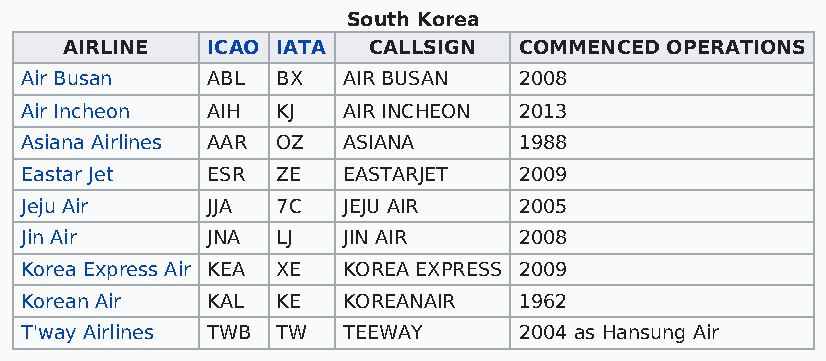
South Korea
 AIRLINE   ICAO IATA CALLSIGN  COMMENCED OPERATIONS
 Air Busan    ABL BX   AIR BUSAN  2008
 Air Incheon  AIH KJ   AIR INCHEON 2013
 Asiana Airlines AAR OZ ASIANA    1988
 Eastar Jet   ESR ZE   EASTARJET  2009
 Jeju Air     JJA 7C   JEJU AIR   2005
 Jin Air      JNA LJ   JIN AIR    2008
 Korea Express Air KEA XE KOREA EXPRESS 2009
 Korean Air   KAL KE   KOREANAIR  1962
 T'way Airlines TWB TW TEEWAY     2004 as Hansung Air